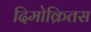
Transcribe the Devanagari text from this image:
दिमोक्रितस